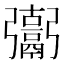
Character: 𩱒